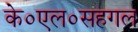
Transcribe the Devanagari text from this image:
के०एल०सहगल